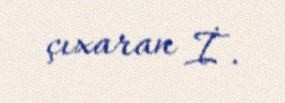
çıxaran İ.